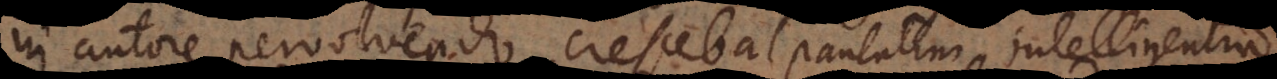
in autore pervolvendo, crescebat paulatim intelligentia